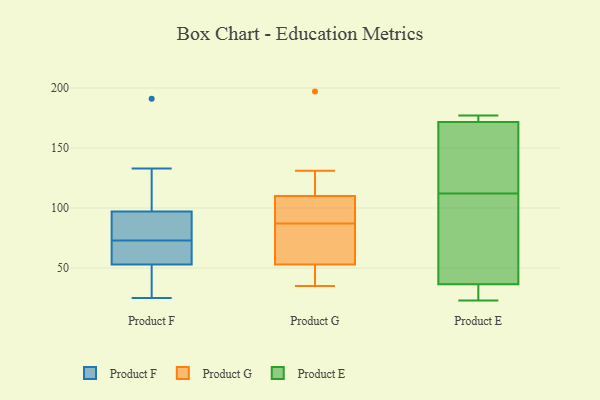
{"axis": {"x": "Churn Rate (%)", "y": "Value"}, "legend": ["Product E", "Product F", "Product G"], "data": [{"x": "", "y": 133, "type": "Product F"}, {"x": "", "y": 59, "type": "Product F"}, {"x": "", "y": 99, "type": "Product F"}, {"x": "", "y": 71, "type": "Product F"}, {"x": "", "y": 91, "type": "Product F"}, {"x": "", "y": 51, "type": "Product F"}, {"x": "", "y": 73, "type": "Product F"}, {"x": "", "y": 25, "type": "Product F"}, {"x": "", "y": 78, "type": "Product F"}, {"x": "", "y": 191, "type": "Product F"}, {"x": "", "y": 36, "type": "Product F"}, {"x": "", "y": 53, "type": "Product G"}, {"x": "", "y": 44, "type": "Product G"}, {"x": "", "y": 82, "type": "Product G"}, {"x": "", "y": 110, "type": "Product G"}, {"x": "", "y": 131, "type": "Product G"}, {"x": "", "y": 197, "type": "Product G"}, {"x": "", "y": 69, "type": "Product G"}, {"x": "", "y": 35, "type": "Product G"}, {"x": "", "y": 109, "type": "Product G"}, {"x": "", "y": 92, "type": "Product G"}, {"x": "", "y": 168, "type": "Product E"}, {"x": "", "y": 43, "type": "Product E"}, {"x": "", "y": 23, "type": "Product E"}, {"x": "", "y": 32, "type": "Product E"}, {"x": "", "y": 90, "type": "Product E"}, {"x": "", "y": 31, "type": "Product E"}, {"x": "", "y": 174, "type": "Product E"}, {"x": "", "y": 176, "type": "Product E"}, {"x": "", "y": 38, "type": "Product E"}, {"x": "", "y": 112, "type": "Product E"}, {"x": "", "y": 115, "type": "Product E"}, {"x": "", "y": 177, "type": "Product E"}, {"x": "", "y": 107, "type": "Product E"}, {"x": "", "y": 162, "type": "Product E"}, {"x": "", "y": 175, "type": "Product E"}, {"x": "", "y": 24, "type": "Product E"}, {"x": "", "y": 171, "type": "Product E"}]}